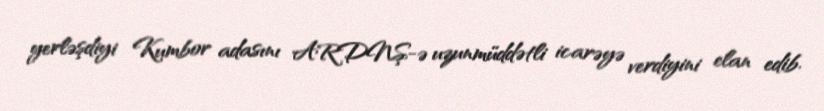
yerləşdiyi Kumbor adasını ARDNŞ-ə uzunmüddətli icarəyə verdiyini elan edib.